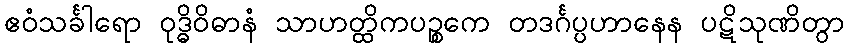
ဧဝံသင်္ခါရော ဝုဒ္ဓိဝိဓာနံ သာဟတ္ထိကပဉ္စကေ တဒင်္ဂပ္ပဟာနေန ပဋိသုဏိတွာ